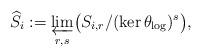
LaTeX: \begin{align*} \widehat{S}_i := \varprojlim_{r, s} \bigl( S_{i, r} / (\ker \theta_{\log})^s \bigr),\end{align*}